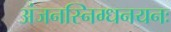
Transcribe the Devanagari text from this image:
अंजनस्निग्धनयनः